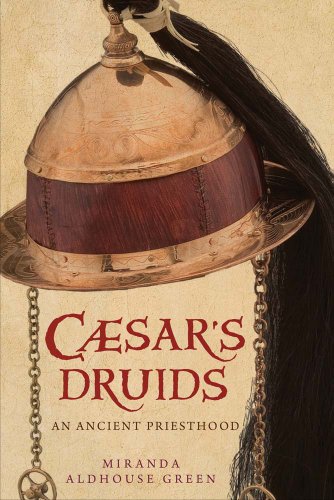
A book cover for Caesar's Druids: An Ancient Priesthood; Miranda Aldhouse-Green; Religion & Spirituality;